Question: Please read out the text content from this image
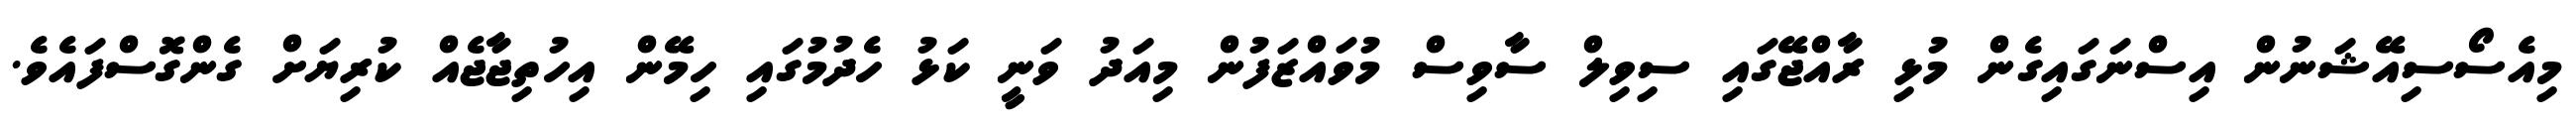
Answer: މިއެސޯސިއޭޝަނުން އިސްނަގައިގެން މުޅި ރާއްޖޭގައި ސިވިލް ސާވިސް މުވައްޒަފުން މިއަދު ވަނީ ކަޅު ހެދުމުގައި ހިމޭން އިހުތިޖާޖެއް ކުރިޔަށް ގެންގޮސްފައެވެ.